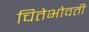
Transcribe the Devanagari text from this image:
चितेभोवती